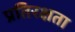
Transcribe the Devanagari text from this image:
प्रतिरक्षता